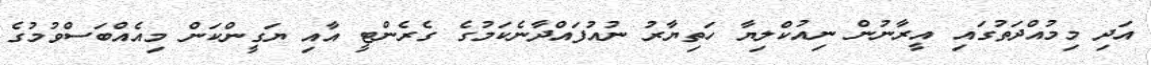
އަދި މިމުއްދަތުގައި އީރާނުން ނިއުކްލިޔާ ހަތިޔާރު ނުއުފައްދާނެކަމުގެ ގެރެންޓީ އާއި ޔަގީންކަން މިއެއްބަސްވުމުގެ